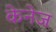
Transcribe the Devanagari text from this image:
केनेज